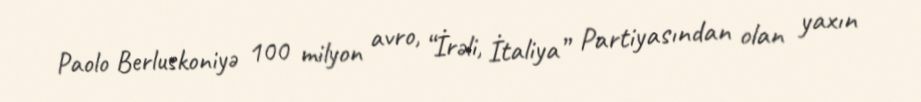
Paolo Berluskoniyə 100 milyon avro, “İrəli, İtaliya” Partiyasından olan yaxın